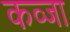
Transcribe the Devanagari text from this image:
कव्जा